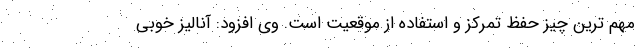
مهم ترین چیز حفظ تمرکز و استفاده از موقعیت است. وی افزود: آنالیز خوبی